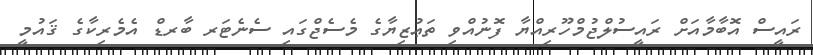
ރައީސް އޮބާމާއަށް ރައީސުލްޖުމްހޫރިއްޔާ ފޮނުއްވި ތަޢުޒިޔާގެ މެސެޖްގައި ސެނެޓަރ ބާރޑް އެމެރިކާގެ ޤައުމީ